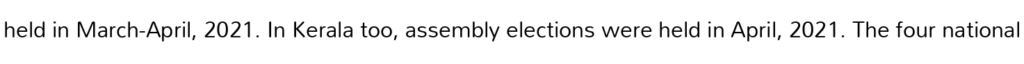
held in March-April, 2021. In Kerala too, assembly elections were held in April, 2021. The four national